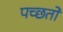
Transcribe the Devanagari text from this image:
पच्छतो